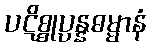
ပဋိစ္စုပ္ပန္နဓမ္မာနံ